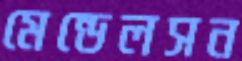
মেন্ডেলসন